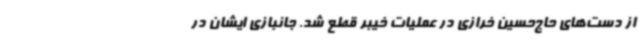
از دست‌های حاج‌حسین خرازی در عملیات خیبر قطع شد. جانبازی ایشان در